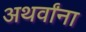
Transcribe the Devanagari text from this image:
अथर्वांना